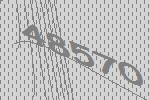
48570